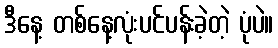
ဒီနေ့ တစ်နေ့လုံးပင်ပန်းခဲ့တဲ့ ပုံပဲ။